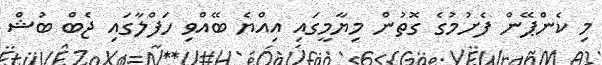
މި ކެންޕޭން ފެށުމުގެ ގޮތުން މިޔާމީގައި އިއްޔެ ބޭއްވި ހަފްލާގައި ޖެބް ބުޝް